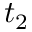
t _ { 2 }